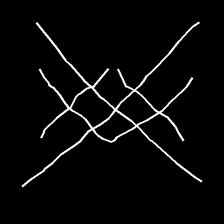
Glyph: crystal